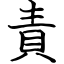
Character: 責